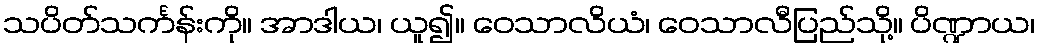
သပိတ်သင်္ကန်းကို။ အာဒါယ၊ ယူ၍။ ဝေသာလိယံ၊ ဝေသာလီပြည်သို့။ ပိဏ္ဍာယ၊